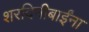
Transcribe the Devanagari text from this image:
शरदिनीबाईंना